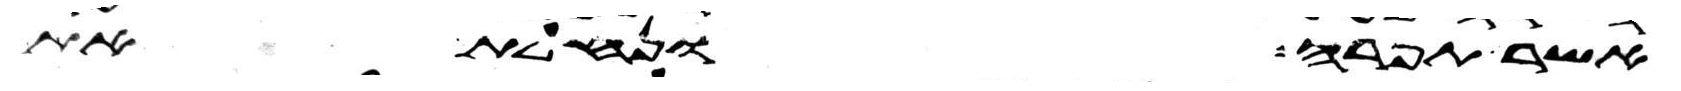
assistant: אשר תפרה ונחלת את